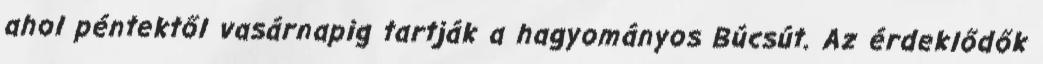
ahol péntektől vasárnapig tartják a hagyományos Búcsút. Az érdeklődők